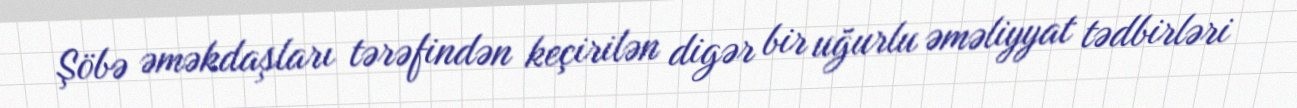
Şöbə əməkdaşları tərəfindən keçirilən digər bir uğurlu əməliyyat tədbirləri